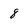
Character: 8